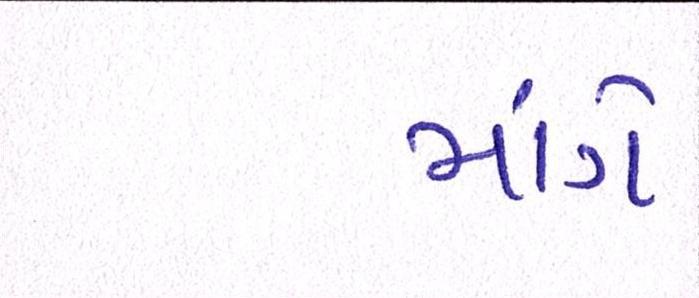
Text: માંગે